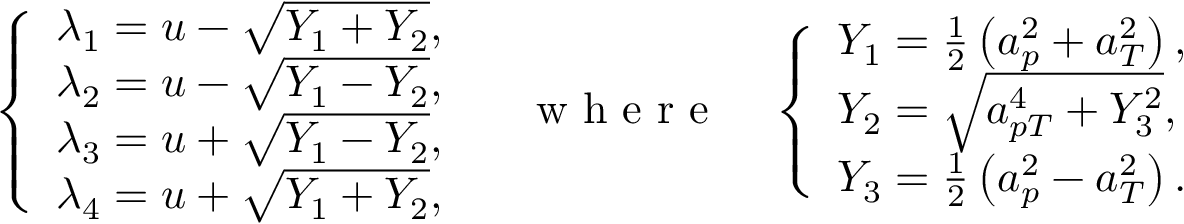
\left\{ \begin{array} { l l } { \lambda _ { 1 } = u - \sqrt { Y _ { 1 } + Y _ { 2 } } , } \\ { \lambda _ { 2 } = u - \sqrt { Y _ { 1 } - Y _ { 2 } } , } \\ { \lambda _ { 3 } = u + \sqrt { Y _ { 1 } - Y _ { 2 } } , } \\ { \lambda _ { 4 } = u + \sqrt { Y _ { 1 } + Y _ { 2 } } , } \end{array} \right. \quad \mathrm { ~ w ~ h ~ e ~ r ~ e ~ } \quad \left\{ \begin{array} { l l } { Y _ { 1 } = \frac { 1 } { 2 } \left( a _ { p } ^ { 2 } + a _ { T } ^ { 2 } \right) , } \\ { Y _ { 2 } = \sqrt { a _ { p T } ^ { 4 } + Y _ { 3 } ^ { 2 } } , } \\ { Y _ { 3 } = \frac { 1 } { 2 } \left( a _ { p } ^ { 2 } - a _ { T } ^ { 2 } \right) . } \end{array} \right.